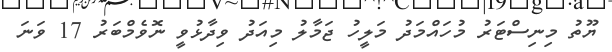
ޔޫތު މިނިސްޓަރު މުހައްމަދު މަލީހު ޖަމާލު މިއަދު ވިދާޅުވީ ނޮވެމްބަރު 17 ވަނަ